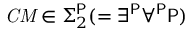
{ \mathit { C M } } \in \Sigma _ { 2 } ^ { \mathsf { P } } ( = \exists ^ { \mathsf { P } } \forall ^ { \mathsf { P } } { \mathsf { P } } )